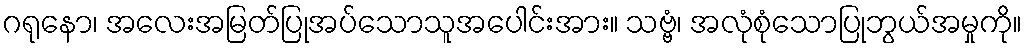
ဂရုနော၊ အလေးအမြတ်ပြုအပ်သောသူအပေါင်းအား။ သဗ္ဗံ၊ အလုံစုံသောပြုဘွယ်အမှုကို။